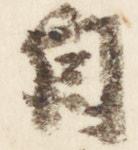
自